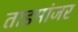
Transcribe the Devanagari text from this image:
ताडमांजर